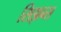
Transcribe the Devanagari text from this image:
सिझन्स